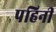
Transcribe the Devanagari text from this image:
पहिनी